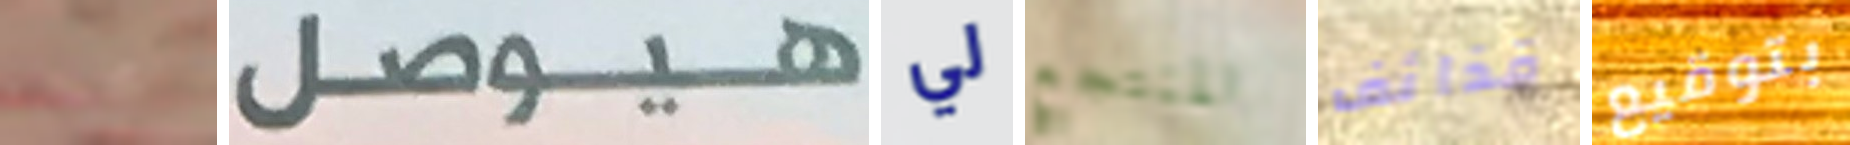
مجمدة هيوصل لي المنتجع قذائف بتوقيع